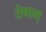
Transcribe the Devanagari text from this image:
तेषाम्